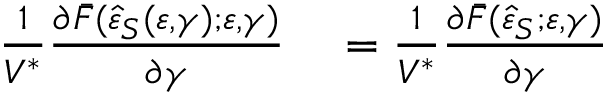
\begin{array} { r l } { \frac { 1 } { V ^ { \ast } } \frac { \partial \bar { F } ( \hat { \varepsilon } _ { S } ( \varepsilon , \gamma ) ; \varepsilon , \gamma ) } { \partial \gamma } } & { { } = \frac { 1 } { V ^ { \ast } } \frac { \partial \bar { F } ( \hat { \varepsilon } _ { S } ; \varepsilon , \gamma ) } { \partial \gamma } } \end{array}